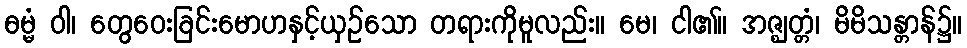
ဓမ္မံ ဝါ၊ တွေဝေးခြင်းမောဟနှင့်ယှဉ်သော တရားကိုမူလည်း။ မေ၊ ငါ၏။ အဇ္ဈတ္တံ၊ မိမိသန္တာန်၌။